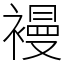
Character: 𧜞